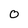
Character: 0